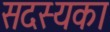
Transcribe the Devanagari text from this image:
सदस्यका